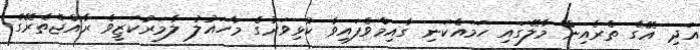
އަދި އޭގެ ތެރެއިން މާލޭގައި ހަމައެކަނި ގާއިމްވެފައިވާ ކުޅިވަރުގެ މާހައުލު ލާމަރުކަޒީވެ ރާއްޖެތެރޭގެ